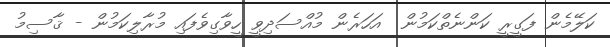
ކަލޭމެން ފަގީރީ ކަންނެތްކަމުން  އަހަރެން މުއްސަދިވީ ހީވާގިވެފައި މުރާލިކަމުން - ޤާސިމު